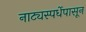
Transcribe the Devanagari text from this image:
नाट्यस्पर्धेपासून